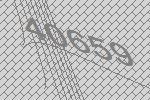
40659